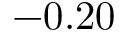
- 0 . 2 0